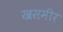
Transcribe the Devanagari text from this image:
खसमीर